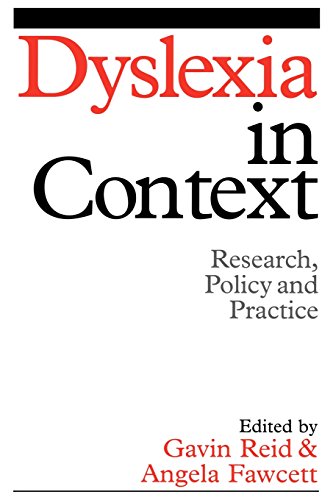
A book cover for Dyslexia in Context: Research, Policy and Practice (Dyslexia Series  (Whurr)); Gavin Reid; Health, Fitness & Dieting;